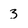
Character: 3